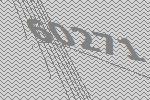
60271